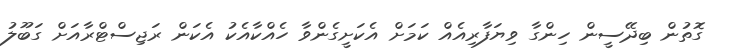
ގޮތުން ބިދޭސީން ހިންގާ ވިޔަފާރިއެއް ކަމަށް އެކަށީގެންވާ ހެއްކާއެކު އެކަން ރަޖިސްޓްރާއަށް ގަބޫލު